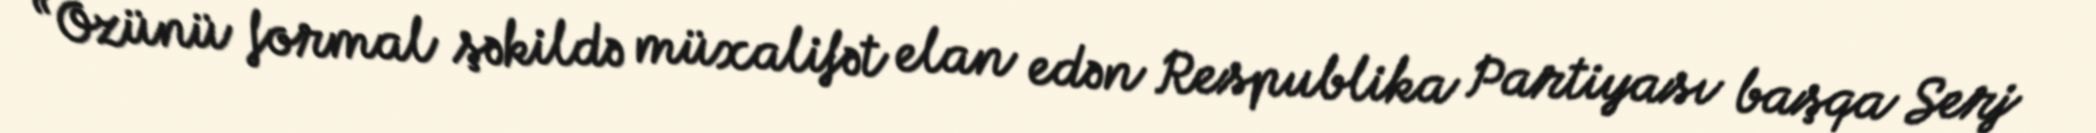
“Özünü formal şəkildə müxalifət elan edən Respublika Partiyası başqa Serj